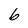
Character: b